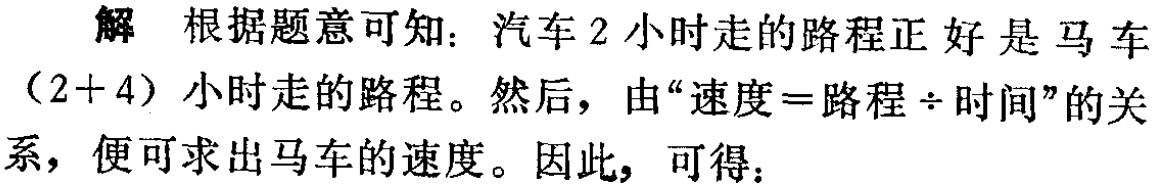
解 根据题意可知：汽车$2$小时走的路程正好是马车$(2 + 4)$小时走的路程。然后，由“速度$=$路程$\div$时间”的关系，便可求出马车的速度。因此，可得：